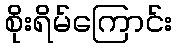
စိုးရိမ်ကြောင်း